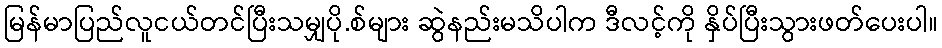
မြန်မာပြည်လူငယ်တင်ပြီးသမျှပို.စ်များ ဆွဲနည်းမသိပါက ဒီလင့်ကို နှိပ်ပြီးသွားဖတ်ပေးပါ။